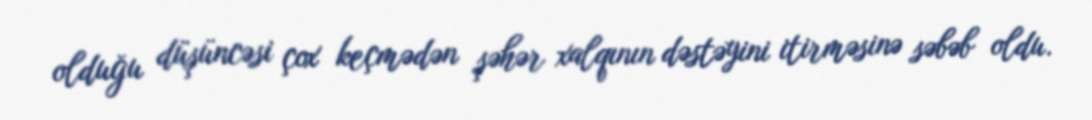
olduğu düşüncəsi çox keçmədən şəhər xalqının dəstəyini itirməsinə səbəb oldu.